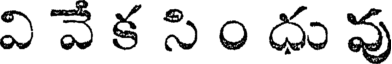
వి వే క సి ం దు వు